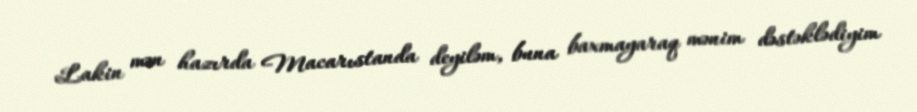
Lakin mən hazırda Macarıstanda deyiləm, buna baxmayaraq mənim dəstəklədiyim